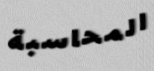
المحاسبة